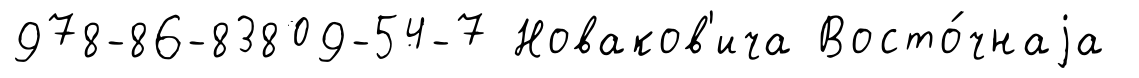
978-86-83809-54-7 Новаков'ича Восто́чнаjа